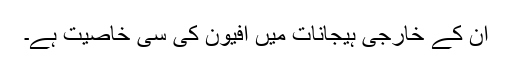
ان کے خارجی ہیجانات میں افیون کی سی خاصیت ہے۔